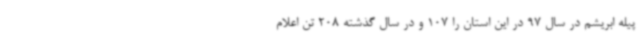
پیله ابریشم در سال 97 در این استان را 107 و در سال گذشته 208 تن اعلام